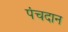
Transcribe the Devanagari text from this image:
पंचदान